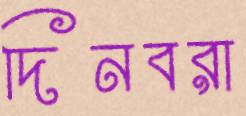
দিনবরা